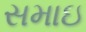
સમાઇ